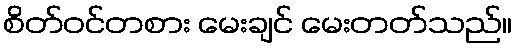
စိတ်ဝင်တစား မေးချင် မေးတတ်သည်။